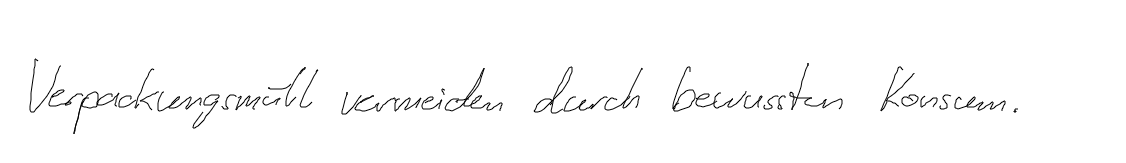
Verpackungsmüll vermeiden durch bewussten Konsum.